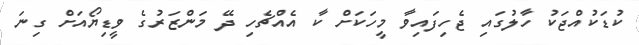
ކުޑަކުއްޖަކު ހާލުގައި ޖެހިފައިވާ މީހަކަށް ކާ އެއްޗެހި ދޭ މަންޒަރުގެ ވީޑިޔޯއަށް ގިނަ